Trukikaitis_Postimees, lk 28
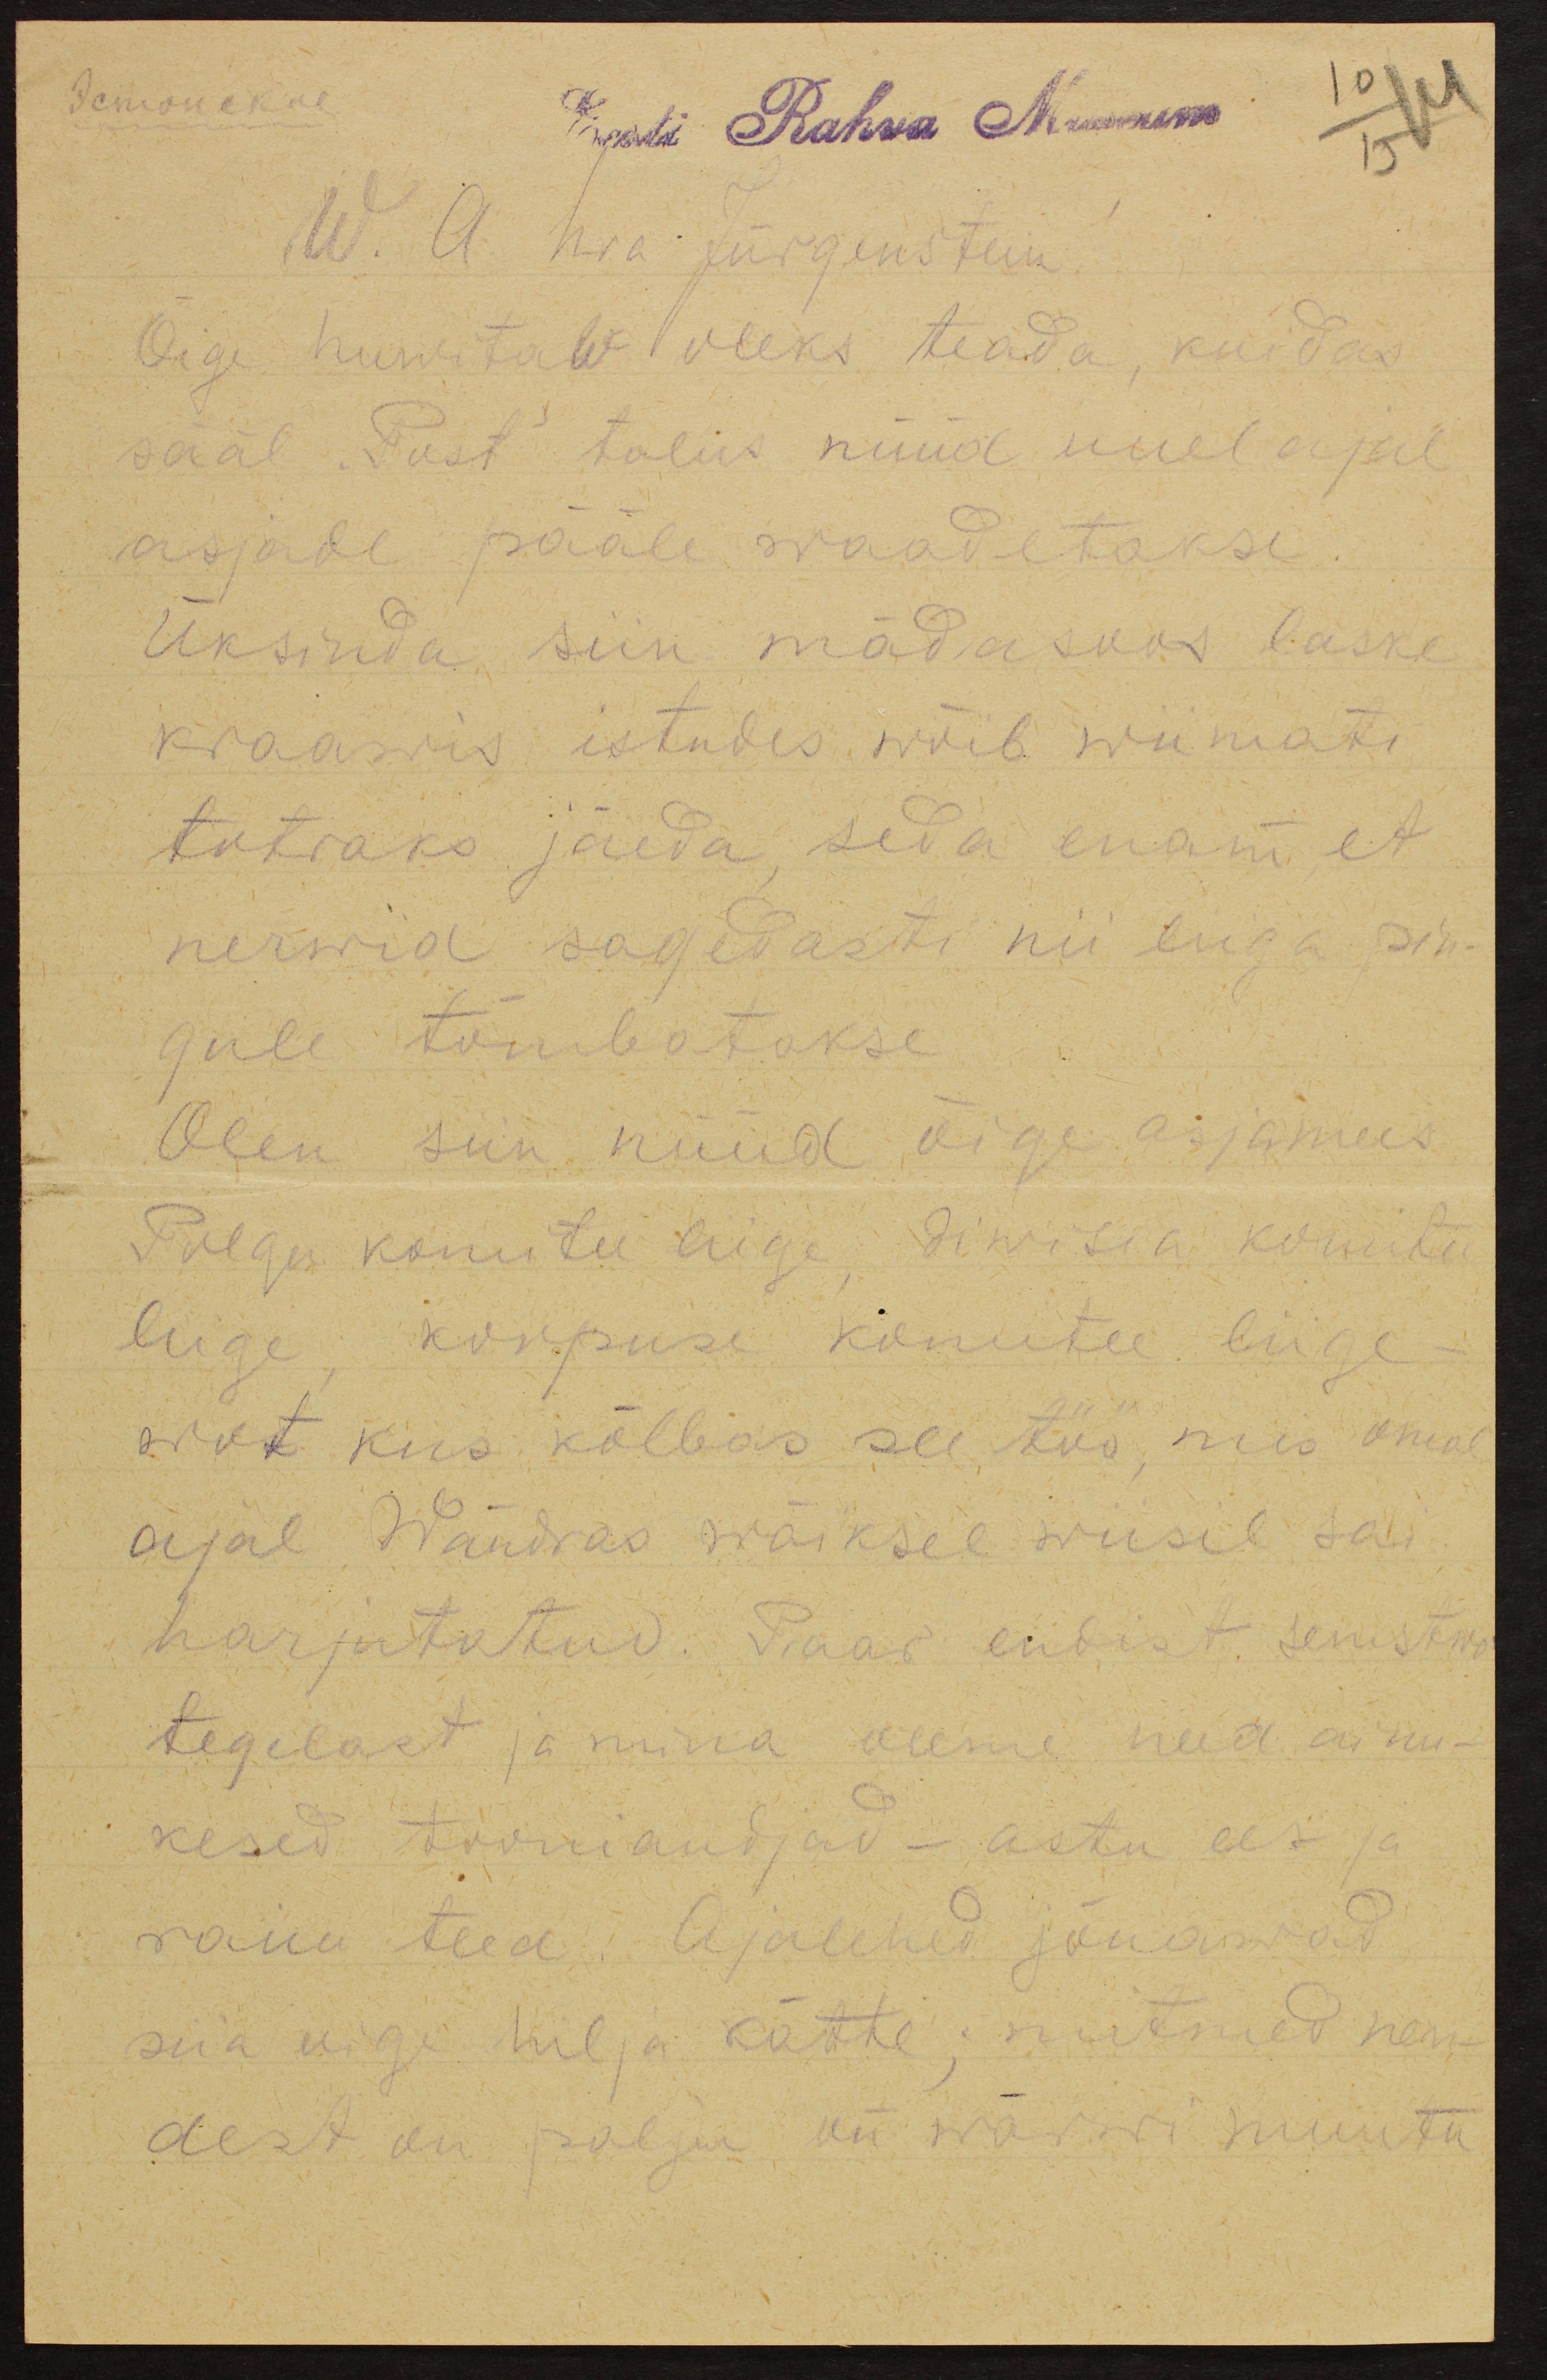
Eesti Rahva Museum
10
14
15
W. A. hra Jürgenstein!
Õige huwitaw oleks teada, kuidas
sääl "Post" talus nüüd uuel ajal
asjade pääle waadetakse.
Üksinda siin mädasoos laske
kraawis istudes wõib wiimati
totraks jäeda, seda enam, et
nerwid sagedasti nii liiga pin-
gule tõmbatakse.
Olen siin nüüd õige asjamees
Polgu komitee liige, diwisia komitee
liige, korpuse komitee liige -
wot kus kõlbas see töö, mis omal
ajal Wändras wäiksel wiisil sai
harjutatud. Paar endist semstwo
tegelast ja mina oleme need ainu-
kesed tooniandjad - astu ees ja
raiu teed. Ajalehed jõuawad
siia oige hilja kätte; mitmed nen-
dest on palju on wärwi muutu-